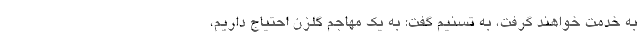
به خدمت خواهند گرفت، به تسنیم گفت: به یک مهاجم گلزن احتیاج داریم،